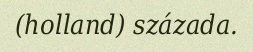
(holland) százada.